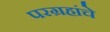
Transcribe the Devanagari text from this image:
परग्रहांचे